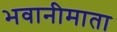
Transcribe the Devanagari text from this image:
भवानीमाता